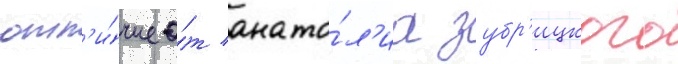
отл'и́чие о́т анато́л'иа зубр'ицкого